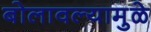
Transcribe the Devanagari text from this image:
बोलावल्यामुळे